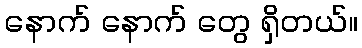
နောက် နောက် တွေ ရှိတယ်။